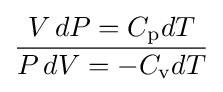
{\frac {V\,dP=C_{\text{p}}dT}{P\,dV=-C_{\text{v}}dT}}